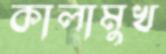
কালামুখ